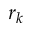
r _ { k }